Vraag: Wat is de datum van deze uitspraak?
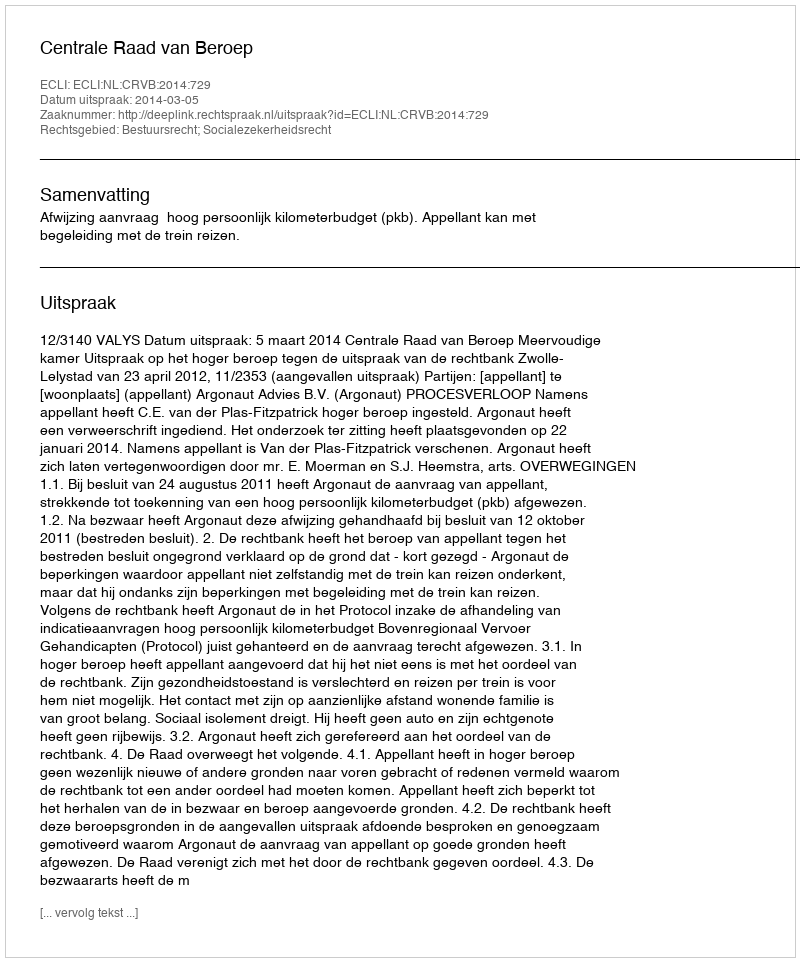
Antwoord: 2014-03-05